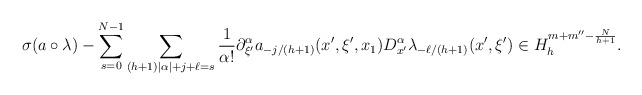
\begin{align*} \sigma(a \circ \lambda) - \sum_{s=0}^{N-1}\sum_{(h+1)|\alpha| + j + \ell = s} \frac{1}{\alpha!}\partial_{\xi'}^{\alpha}a_{-j/(h+1)}(x', \xi',x_1) D_{x'}^{\alpha}\lambda_{-\ell/(h+1)}(x', \xi') \in H_{h}^{m + m'' - \frac{N}{h+1}}.\end{align*}